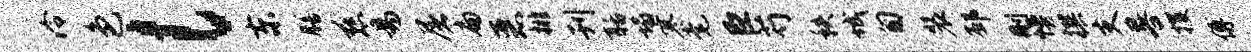
泠色l东膳慈易屠扁恶排刊聒塌寒毫臣芍秩城匍装邳删幔撰支晷攫傅